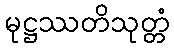
မုဋ္ဌဿတိသုတ္တံ